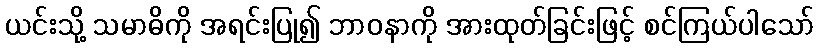
ယင်းသို့ သမာဓိကို အရင်းပြု၍ ဘာဝနာကို အားထုတ်ခြင်းဖြင့် စင်ကြယ်ပါသော်